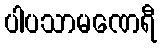
ပါပသာမဏေရီ